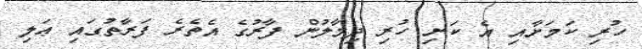
ހުރި ކަމަށާއި އެ ކަށި ހުރި ދިމާލުން ފާރުގެ އެތެރެ ފަރާތުގައި ޢަލި